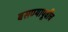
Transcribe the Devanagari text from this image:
बसण्यापूर्वीच